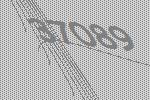
37089